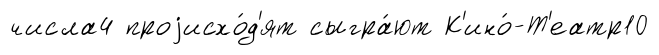
числа4 проjисхо́д'ят сыгра́ют К'ино́-Т'еатр10